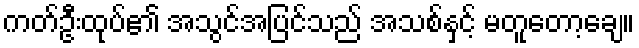
ကတ်ဦးထုပ်၏ အသွင်အပြင်သည် အသစ်နှင့် မတူတော့ချေ။